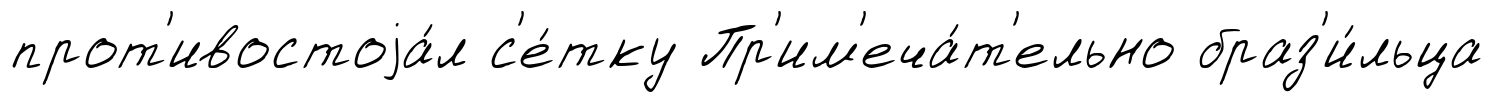
прот'ивостоjа́л с'е́тку Пр'им'еча́т'ельно браз'и́льца